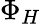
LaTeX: \Phi_{H}